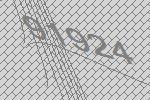
91924